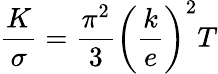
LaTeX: {\frac{K}{\sigma}}={\frac{\pi^{2}}{3}}\left({\frac{k}{e}}\right)^{2}T